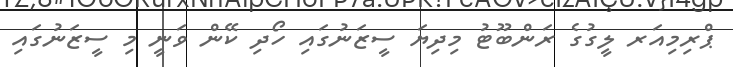
ޕްރިމިއަރ ލީގުގެ ރަންބޫޓު މިދިޔަ ސީޒަނުގައި ހޯދި ކޭން ވަނީ މި ސީޒަނުގައި